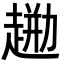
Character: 𧼦